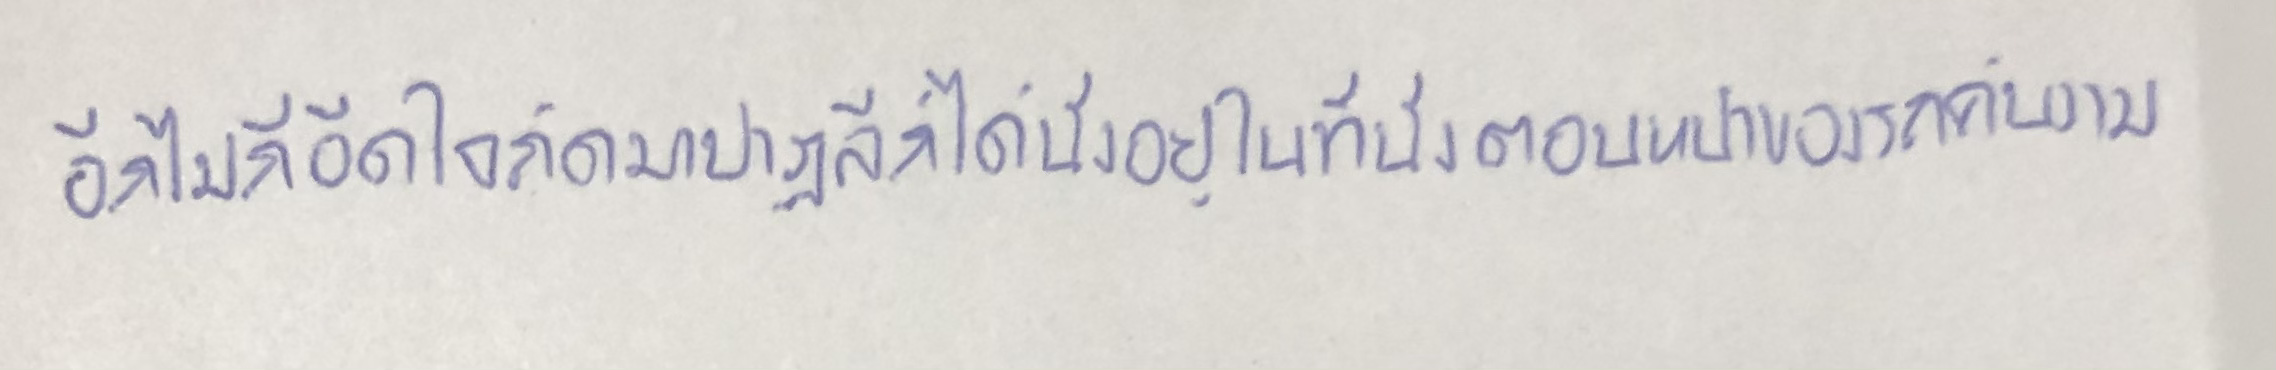
อีกไม่กี่อึดใจถัดมาปาฏลีก็ได้นั่งอยู่ในที่นั่งตอนหน้าของรถคันงาม